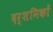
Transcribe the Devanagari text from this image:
दर्शनिकों